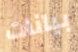
بيانات